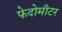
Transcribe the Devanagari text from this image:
फेदोमीटर